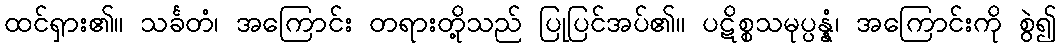
ထင်ရှား၏။ သင်္ခတံ၊ အကြောင်း တရားတို့သည် ပြုပြင်အပ်၏။ ပဋိစ္စသမုပ္ပန္နံ၊ အကြောင်းကို စွဲ၍